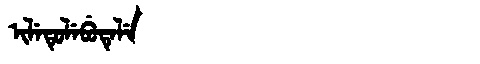
Manchu: ᡳᠯᡝᡨᡠᠯᡝᠪᡠᡨᡝᠯᡝ
Romanization: ILETULEBUTELE